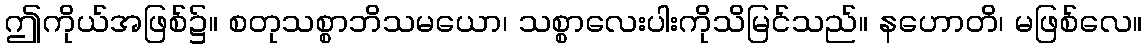
ဤကိုယ်အဖြစ်၌။ စတုသစ္စာဘိသမယော၊ သစ္စာလေးပါးကိုသိမြင်သည်။ နဟောတိ၊ မဖြစ်လေ။